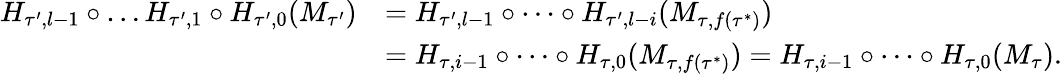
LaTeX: \begin{array}{rl}{H_{\tau^{\prime},l-1}\circ\dots H_{\tau^{\prime},1}\circ H_{\tau^{\prime},0}(M_{\tau^{\prime}})}&{=H_{\tau^{\prime},l-1}\circ\dots\circ H_{\tau^{\prime},l-i}(M_{\tau,f(\tau^{*})})}\\ &{=H_{\tau,i-1}\circ\dots\circ H_{\tau,0}(M_{\tau,f(\tau^{*})})=H_{\tau,i-1}\circ\dots\circ H_{\tau,0}(M_{\tau}).}\end{array}